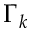
\Gamma _ { k }